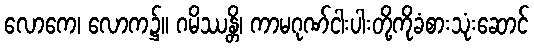
လောကေ၊ လောက၌။ ဂမိဿန္တိ၊ ကာမဂုဏ်ငါးပါးတို့ကိုခံစားသုံးဆောင်